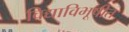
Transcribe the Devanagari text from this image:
विद्याविभूषीत